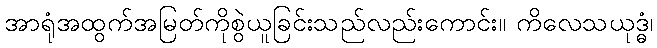
အာရုံအထွက်အမြတ်ကိုစွဲယူခြင်းသည်လည်းကောင်း။ ကိလေသယုဒ္ဓံ၊